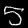
Label: 5